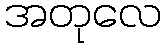
အတုလေ